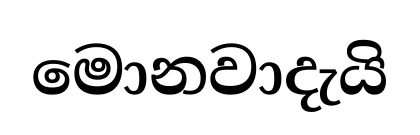
මොනවාදැයි